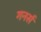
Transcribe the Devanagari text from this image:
गनर्स